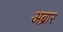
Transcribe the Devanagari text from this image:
अब्रार